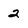
Character: 2